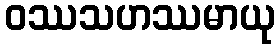
ဝဿသဟဿမာယု